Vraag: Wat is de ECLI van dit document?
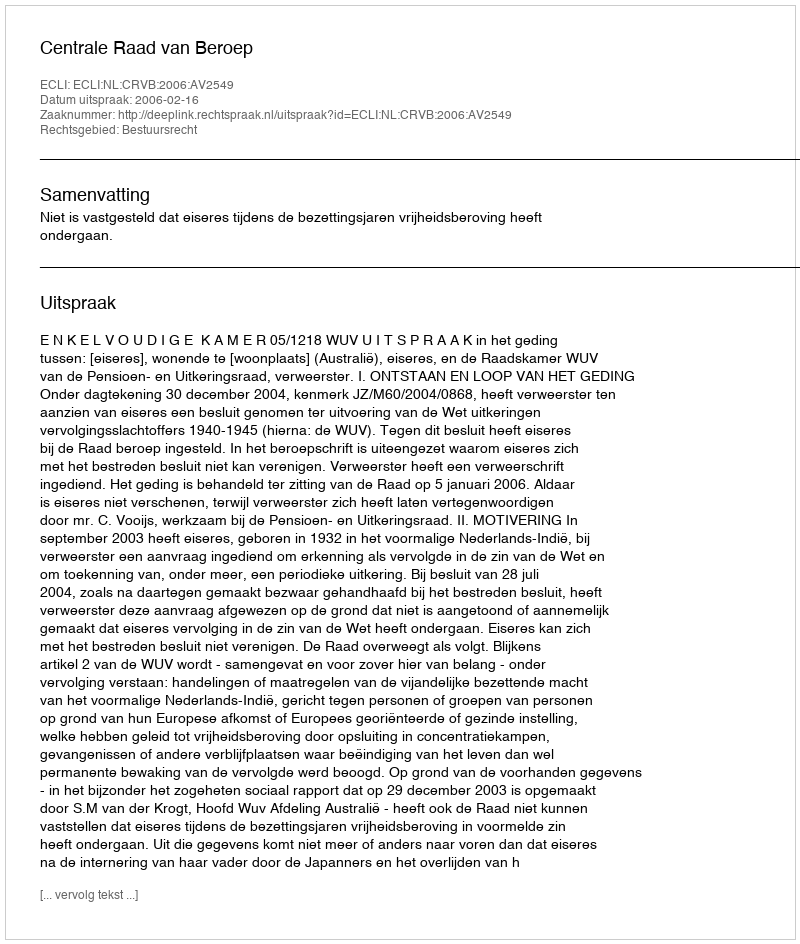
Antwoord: ECLI:NL:CRVB:2006:AV2549